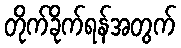
တိုက်ခိုက်ရန်အတွက်